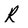
Character: R